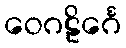
ဝေဂဠိင်္ဂေ